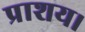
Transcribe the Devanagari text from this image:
प्राशय।